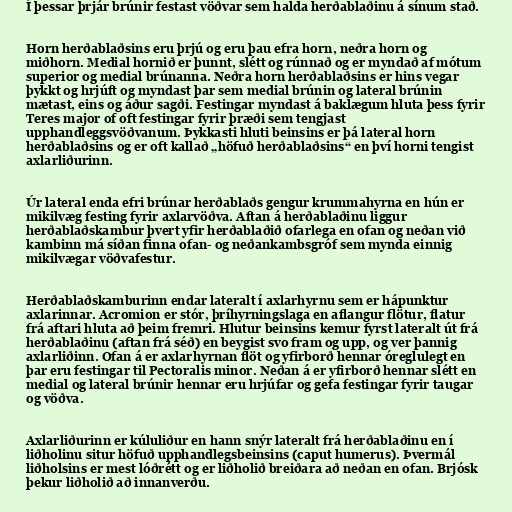
Í þessar þrjár brúnir festast vöðvar sem halda herðablaðinu á sínum stað.

Horn herðablaðsins eru þrjú og eru þau efra horn, neðra horn og
miðhorn. Medial hornið er þunnt, slétt og rúnnað og er myndað af mótum
superior og medial brúnanna. Neðra horn herðablaðsins er hins vegar
þykkt og hrjúft og myndast þar sem medial brúnin og lateral brúnin
mætast, eins og áður sagði. Festingar myndast á baklægum hluta þess fyrir
Teres major of oft festingar fyrir þræði sem tengjast
upphandleggsvöðvanum. Þykkasti hluti beinsins er þá lateral horn
herðablaðsins og er oft kallað „höfuð herðablaðsins“ en því horni tengist
axlarliðurinn.

Úr lateral enda efri brúnar herðablaðs gengur krummahyrna en hún er
mikilvæg festing fyrir axlarvöðva. Aftan á herðablaðinu liggur
herðablaðskambur þvert yfir herðablaðið ofarlega en ofan og neðan við
kambinn má síðan finna ofan- og neðankambsgróf sem mynda einnig
mikilvægar vöðvafestur.

Herðablaðskamburinn endar lateralt í axlarhyrnu sem er hápunktur
axlarinnar. Acromion er stór, þríhyrningslaga en aflangur flötur, flatur
frá aftari hluta að þeim fremri. Hlutur beinsins kemur fyrst lateralt út frá
herðablaðinu (aftan frá séð) en beygist svo fram og upp, og ver þannig
axlarliðinn. Ofan á er axlarhyrnan flöt og yfirborð hennar óreglulegt en
þar eru festingar til Pectoralis minor. Neðan á er yfirborð hennar slétt en
medial og lateral brúnir hennar eru hrjúfar og gefa festingar fyrir taugar
og vöðva.

Axlarliðurinn er kúluliður en hann snýr lateralt frá herðablaðinu en í
liðholinu situr höfuð upphandlegsbeinsins (caput humerus). Þvermál
liðholsins er mest lóðrétt og er liðholið breiðara að neðan en ofan. Brjósk
þekur liðholið að innanverðu.